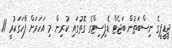
ޖީޑީޕީގެ ނިސްބަތުން ބަޖެޓް ޑެފިސިޓްގެ ގޮތުގައި ކުރިން މި އަހަރަށް ފާހަގަކުރީ 11